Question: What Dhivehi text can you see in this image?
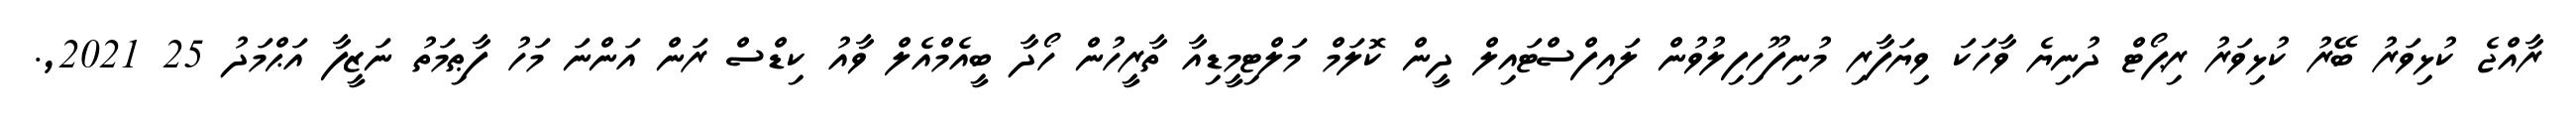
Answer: ރާއްޖެ ކުޅިވަރު ބޭރު ކުޅިވަރު ރިޕޯޓް ދުނިޔެ ވާހަކަ ވިޔަފާރި މުނިފޫހިފިލުވުން ލައިފްސްޓައިލް ދީން ކޮލަމް މަލްޓިމީޑިއާ ތާރީހުން ހޯދާ ބީއެމްއެލް ވާއު ކިޑްސް ރަން އަންނަ މަހު ފާޠިމަތު ނަޒީފާ އަޙްމަދު 25 2021,.